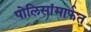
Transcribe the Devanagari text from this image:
पोलिसांमार्फत